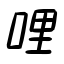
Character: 哩